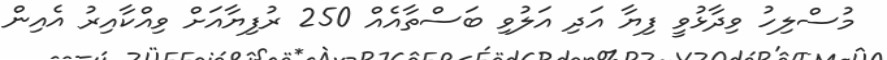
މުސްލިހު ވިދާޅުވީ ފިޔާ އަދި އަލުވި ބަސްތާއެއް 250 ރުފިޔާއަށް ވިއްކާއިރު އެއިން